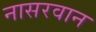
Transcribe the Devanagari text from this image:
नासरवान